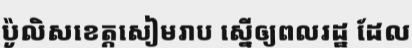
ប៉ូលិសខេត្តសៀមរាប ស្នើឲ្យពលរដ្ឋ ដែល